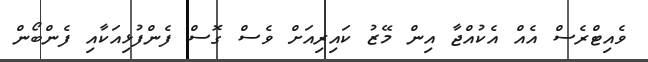
ވެއިޓްރެސް އެއް އެކުއްޖާ އިން މޭޒު ކައިރިއަށް ވެސް ގޮސް ފެންފުޅިއަކާއި ފެންބޯން